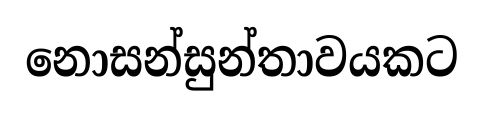
නොසන්සුන්තාවයකට